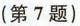
(第7题)